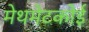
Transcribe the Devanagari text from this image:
मेथमेटकोई